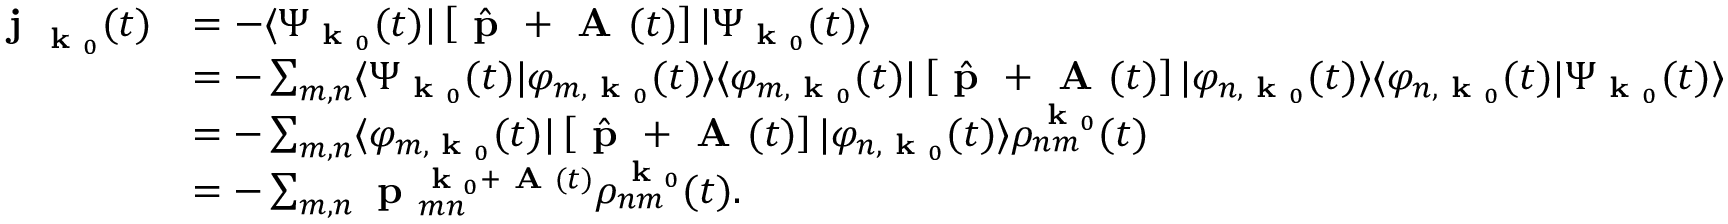
\begin{array} { r l } { \textbf { j } _ { \textbf { k } _ { 0 } } ( t ) } & { = - \langle \Psi _ { \textbf { k } _ { 0 } } ( t ) | \left[ \hat { \textbf { p } } + \textbf { A } ( t ) \right] | \Psi _ { \textbf { k } _ { 0 } } ( t ) \rangle } \\ & { = - \sum _ { m , n } \langle \Psi _ { \textbf { k } _ { 0 } } ( t ) | \varphi _ { m , \textbf { k } _ { 0 } } ( t ) \rangle \langle \varphi _ { m , \textbf { k } _ { 0 } } ( t ) | \left[ \hat { \textbf { p } } + \textbf { A } ( t ) \right] | \varphi _ { n , \textbf { k } _ { 0 } } ( t ) \rangle \langle \varphi _ { n , \textbf { k } _ { 0 } } ( t ) | \Psi _ { \textbf { k } _ { 0 } } ( t ) \rangle } \\ & { = - \sum _ { m , n } \langle \varphi _ { m , \textbf { k } _ { 0 } } ( t ) | \left[ \hat { \textbf { p } } + \textbf { A } ( t ) \right] | \varphi _ { n , \textbf { k } _ { 0 } } ( t ) \rangle \rho _ { n m } ^ { \textbf { k } _ { 0 } } ( t ) } \\ & { = - \sum _ { m , n } \textbf { p } _ { m n } ^ { \textbf { k } _ { 0 } + \textbf { A } ( t ) } \rho _ { n m } ^ { \textbf { k } _ { 0 } } ( t ) . } \end{array}